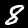
Label: 8